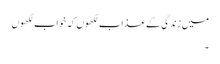
میں زندگی کے عذاب لکھوں کہ خواب لکھوں
۔